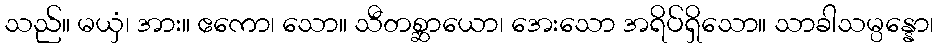
သည်။ မယှံ၊ အား။ ဧကော၊ သော။ သီတစ္ဆာယော၊ အေးသော အရိပ်ရှိသော။ သာခါသမ္ပန္နော၊